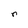
Character: r